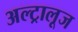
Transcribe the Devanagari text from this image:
अल्ट्रालूज